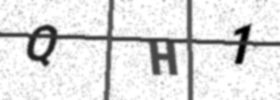
Text: QH1